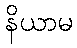
နိယာမ